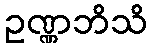
ဥဏ္ဏဘိသိ